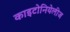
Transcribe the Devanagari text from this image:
काइटोनियेलीज